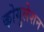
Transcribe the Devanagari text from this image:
कोगुलेशन